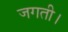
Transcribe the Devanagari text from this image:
जगती।